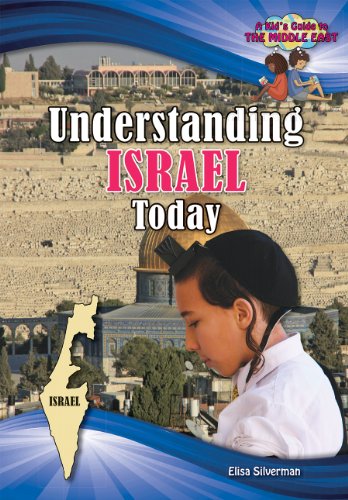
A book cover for Understanding Israel Today (Kid's Guide to the Middle East); Elisa Silverman; Children's Books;